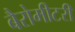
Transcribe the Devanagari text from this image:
बैरोमीटरी